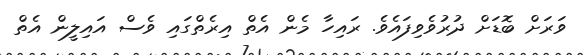
ވަރަށް ބޮޑަށް ދުރުވެވިފައެވެ. ރައިހާ މެން އެތް އިރެތްގައި ވެސް އައިލީން އެތް